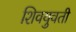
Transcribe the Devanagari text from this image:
शिवयुवती